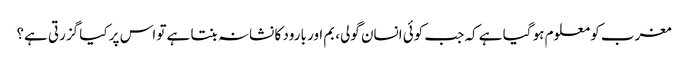
مغرب کو معلوم ہو گیا ہے کہ جب کوئی انسان گولی، بم اور بارود کا نشانہ بنتا ہے تو اس پر کیا گزرتی ہے؟